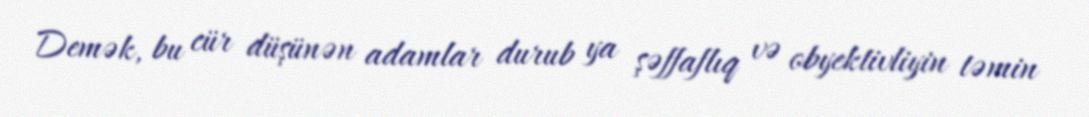
Demək, bu cür düşünən adamlar durub ya şəffaflıq və obyektivliyin təmin